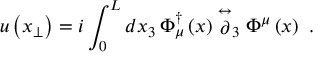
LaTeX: u \left( x _ { \perp } \right) = i \int _ { 0 } ^ { L } d x _ { 3 } \, \Phi _ { \mu } ^ { \dagger } \left( x \right) \stackrel { \leftrightarrow } { \partial } _ { 3 } \Phi ^ { \mu } \left( x \right) \ .